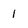
Character: 1